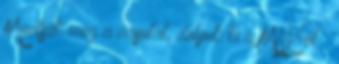
Mentsük meg a vasutat, dobjuk ki a MÁV-ot ¤